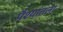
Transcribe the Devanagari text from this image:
पैश्‍यांतला